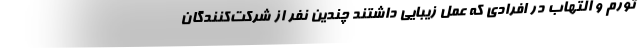
تورم و التهاب در افرادی که عمل زیبایی داشتند چندین نفر از شرکت‌کنندگان